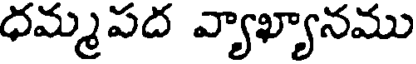
ధమ్మపద వ్యాఖ్యానము